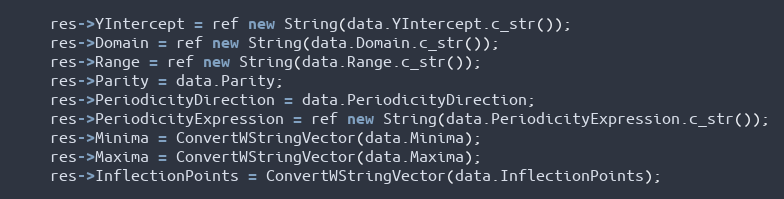
Language: C++
    res->YIntercept = ref new String(data.YIntercept.c_str());
    res->Domain = ref new String(data.Domain.c_str());
    res->Range = ref new String(data.Range.c_str());
    res->Parity = data.Parity;
    res->PeriodicityDirection = data.PeriodicityDirection;
    res->PeriodicityExpression = ref new String(data.PeriodicityExpression.c_str());
    res->Minima = ConvertWStringVector(data.Minima);
    res->Maxima = ConvertWStringVector(data.Maxima);
    res->InflectionPoints = ConvertWStringVector(data.InflectionPoints);